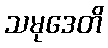
သမုဒေတိ